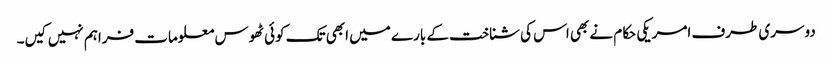
دوسری طرف امریکی حکام نے بھی اس کی شناخت کے بارے میں ابھی تک کوئی ٹھوس معلومات فراہم نہیں کیں۔